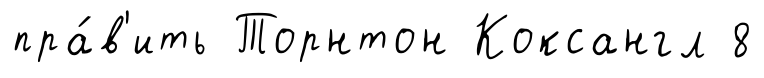
пра́в'ить Торнтон Коксангл 8